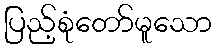
ပြည့်စုံတော်မူသော